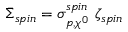
\bar { \Sigma } _ { s p i n } = \sigma _ { p , \chi ^ { 0 } } ^ { s p i n } ~ \zeta _ { s p i n }